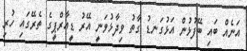
އަނެއް ބައި ބޭފުޅުން އަޅުގަނޑު ގާތު ވިދާޅުވަނީ އޭރު ޑީއާރްޕީގެ ތެރޭގައި ހުރި